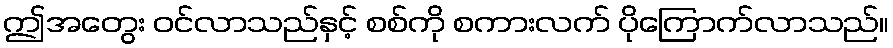
ဤအတွေး ဝင်လာသည်နှင့် စစ်ကို စကားလက် ပိုကြောက်လာသည်။